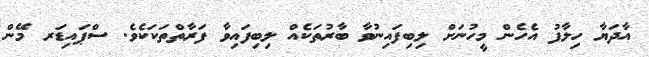
އާދަޔާ ހިލާފު އެހެން މީހުނަށް ލިބިފައިނުވާ ބާރުތަކެއް ލިބިފައިވާ ފަރާތްތަކަކެވެ. ސްޕައިޑަރ މޭން